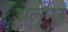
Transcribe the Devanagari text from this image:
अलेपुर